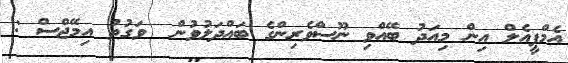
އެމްޕީއެލް އިން މިއަދު ބޭއްވި ނޫސްވެރިންގެ ބައްދަލުވުން  ވަގުތު އިމޭޖްސް :